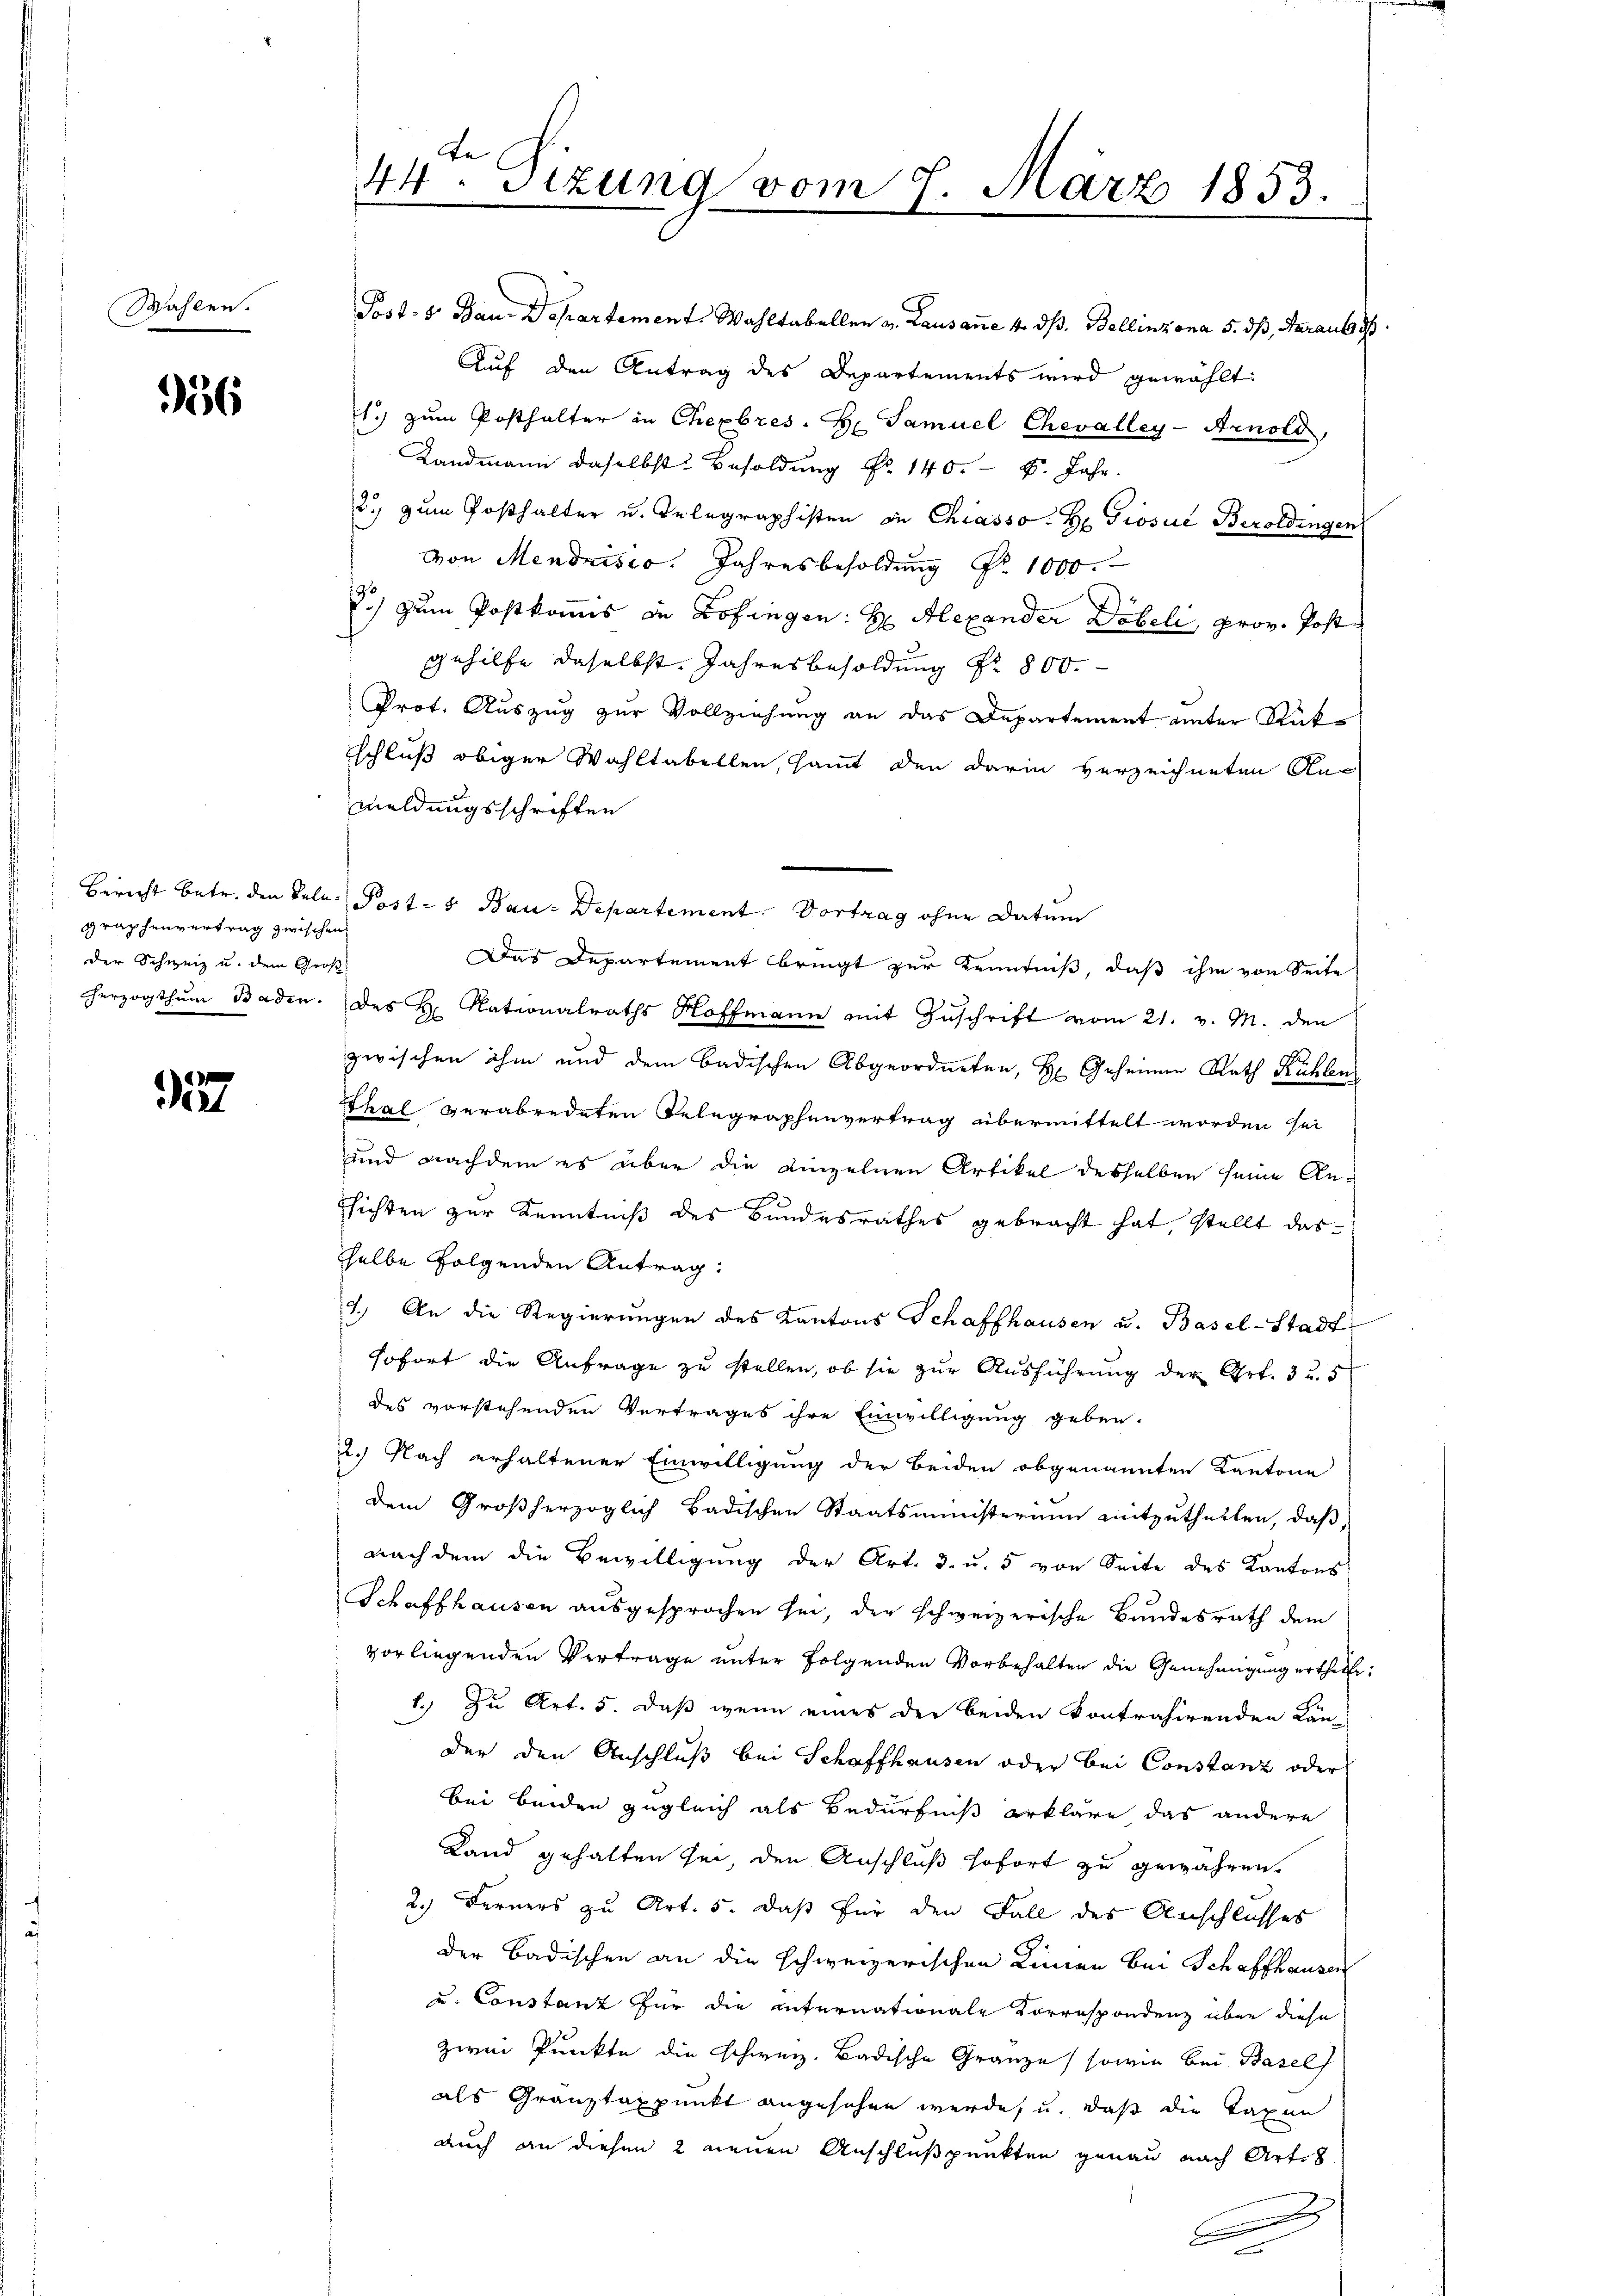
Wahlen.

956

Graphenvertrag zwischen
der Schweiz u. dem Groß
herzogthum Baden.

6
Dirl

44. Sitzung vom 7. März 1853.

Post. S. Bau-Departement. Wahltabeller v. Lausane 4. dß. Bellinzona 5. dß, daraus d
Auf den Antrag des Departements wird gewählt:
21.) zum Posthalter in Chexbres H: Samuel Chevalley-Arnold,
Landmann daselbst Besoldung Nr. 140. 8. Jahr.
2.) zum Posthalter u. Telegraphisten de Chiasso. H. Grosue Beroldingen
von Mendrisio. Jahresbesoldung Nr. 1000.
.) zum Postkamms in Zofingen: H: Alexander Döbeli, prov. Post
Gehilfe daselbst. Jahresbesoldung Nr. 800.
Prot. Auszug zur Vollziehung an das Departement unter Rükschluß obiger Wahltabellen, samt den darin verzeichneten An-
meldungsschriften
Bericht betr. den Tele Post- & Bau-Departement. Vortrag ohne Datum
Das Departement bringt zur Kenntniß, daß ihm von Seite
des H. Nationalraths Hoffmann mit Zuschrift vom 21. v. M. den
zwischen ihm und dem badischen Abgeordneten, H. Geheimen Rath Kühlen
Thal verabredeten Telegraphenvertrag übermittelt worden sei
und nachdem es aber die Linzelnen Artikel desselben seine Ansichten zur Kenntniß des Bundesrathes gebracht hat, stellt das
sselbe folgenden Antrag,
7.) An die Regierungen des Kantons Schaffhausen u. Basel-Stadt
sofort die Anfrage zu stellen, ob sie zur Ausführung der Art. 3 u. 5
des vorstehenden Vertrages ihre Einwilligung geben.
2.) Nach erhaltener Einwilligung der Beiden obgenannten Kantone
dem Großherzoglich badischen Staatsministerium mitzutheilen, daß,
nach dem die Bewilligung der Art. 3. u. 5 von Seite des Kantons
Schaffhausen ausgesprochen sei, der schweizerische Bundesrath dem
vorliegenden Vertrage unter folgenden Vorbehalten die Genehmigung ertheilt:
1.) Zu Art. 5. daß wenn eines der beiden kontrahirenden Kän-
der den Anschluß bei Schaffhausen oder bei Constanz oder
bei beiden zugleich als Bedürfniß erkläre das andere
Land gehalten sei, den Anschluß sofort zu gewähren.
2.) Ferners zu Art. 5. daß für den Fall des Anschlusses
der Badischen an die schweizerischen Linien bei Schaffhausen
u. Constanz für die internationale Korrespondenz über diese
zwei Punkte die Schweiz. Badische Gränze, sowie bei Basel
als Granztaxpunkt angesehen werde, u. daß die Taxen
auch an diesen 2 neuen Anschlußpunkten genau nach Arte
A

x